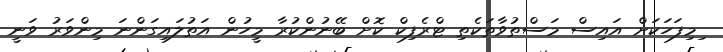
ިމިފަހަކަށް އައިސް މަސްތުވާތަކެތި ޓްރެފިކް ކޮށް ބޭނުންކުރާ މީހުން އަތުލައިގަންނަ މިންވަރު ވަނީ